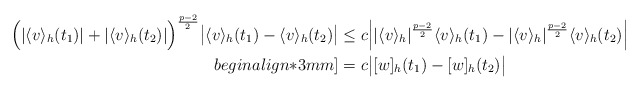
\begin{align*}\Big(|\langle v \rangle_h(t_1)|+|\langle v \rangle_h(t_2)|\Big)^{\frac{p-2}{2}}\big|\langle v \rangle_h(t_1)-\langle v \rangle_h(t_2)\big| &\leq c \Big||\langle v \rangle_h|^{\frac{p-2}{2}}\langle v \rangle_h(t_1)-|\langle v \rangle_h|^{\frac{p-2}{2}}\langle v \rangle_h(t_2)\Big| \\begin{align*}3mm]&=c\big|[w]_h(t_1)-[w]_h(t_2)\big|\end{align*}